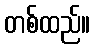
တစ်ထည်။